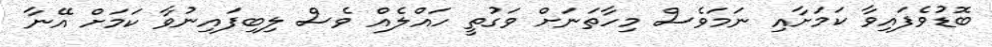
ބޮޑުވެފައިވާ ކަމަށާއި ނަމަވެސް މިހާތަނަށް ވަގުތީ ހައްލެއް ވެސް ލިބިފައިނުވާ ކަމަށް އޭނާ